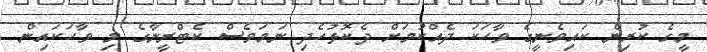
މީގެ ކުރިން ކައިވެނީގެ ވާހަކަ ދެއްކުމަށް ދެކޮޅުހެދި ނަމަވެސް ކެޓްރީނާގެ މި ވާހަކައިން